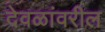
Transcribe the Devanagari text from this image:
देवळांवरील